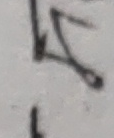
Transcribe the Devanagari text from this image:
के